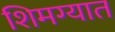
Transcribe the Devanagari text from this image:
शिमग्यात